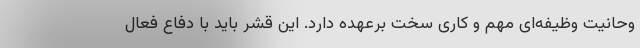
وحانیت وظیفه‌ای مهم و کاری سخت برعهده دارد. این قشر باید با دفاع فعال